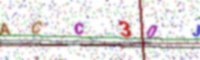
Text: ACC30JE